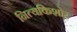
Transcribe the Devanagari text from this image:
नित्यकिशोर